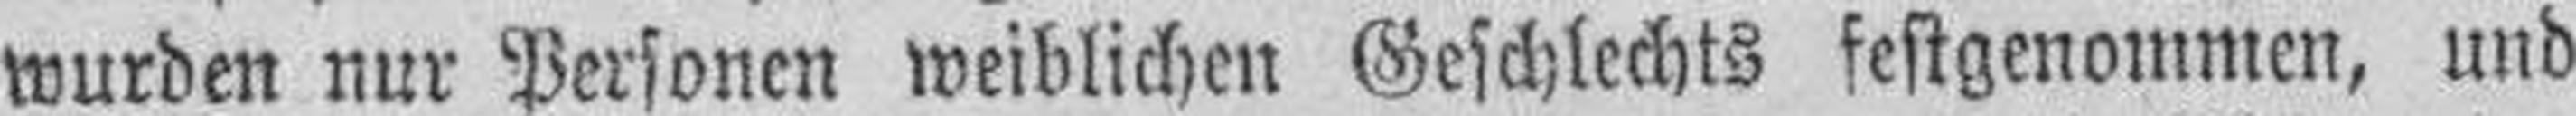
wurden nur Personen weiblichen Geschlechts festgenommen, und